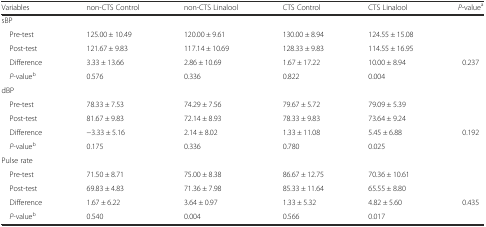
| Variables | non-CTS Control | non-CTS Linalool | CTS Control | CTS Linalool | P-valuea |
 | --- | --- | --- | --- | --- | --- |
 | <COLSPAN=6> sBP |
 | Pre-test | 125.00 ± 10.49 | 120.00 ± 9.61 | 130.00 ± 8.94 | 124.55 ± 15.08 |  |
 | Post-test | 121.67 ± 9.83 | 117.14 ± 10.69 | 128.33 ± 9.83 | 114.55 ± 16.95 |  |
 | Difference | 3.33 ± 13.66 | 2.86 ± 10.69 | 1.67 ± 17.22 | 10.00 ± 8.94 | 0.237 |
 | P-valueb | 0.576 | 0.336 | 0.822 | 0.004 |  |
 | <COLSPAN=6> dBP |
 | Pre-test | 78.33 ± 7.53 | 74.29 ± 7.56 | 79.67 ± 5.72 | 79.09 ± 5.39 |  |
 | Post-test | 81.67 ± 9.83 | 72.14 ± 8.93 | 78.33 ± 9.83 | 73.64 ± 9.24 |  |
 | Difference | −3.33 ± 5.16 | 2.14 ± 8.02 | 1.33 ± 11.08 | 5.45 ± 6.88 | 0.192 |
 | P-valueb | 0.175 | 0.336 | 0.780 | 0.025 |  |
 | <COLSPAN=6> Pulse rate |
 | Pre-test | 71.50 ± 8.71 | 75.00 ± 8.38 | 86.67 ± 12.75 | 70.36 ± 10.61 |  |
 | Post-test | 69.83 ± 4.83 | 71.36 ± 7.98 | 85.33 ± 11.64 | 65.55 ± 8.80 |  |
 | Difference | 1.67 ± 6.22 | 3.64 ± 0.97 | 1.33 ± 5.32 | 4.82 ± 5.60 | 0.435 |
 | P-valueb | 0.540 | 0.004 | 0.566 | 0.017 |  |